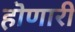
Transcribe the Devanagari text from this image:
हॊणारी